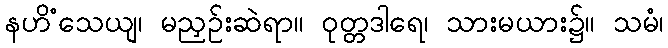
နဟိံသေယျ၊ မညှဉ်းဆဲရာ။ ဝုတ္တဒါရေ၊ သားမယား၌။ သမံ၊